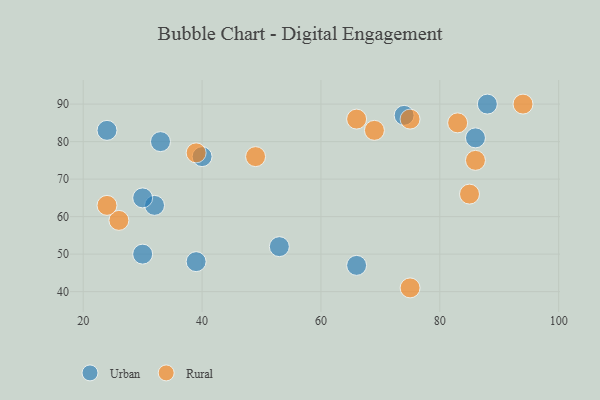
{"axis": {"x": "GDP", "y": "Life Expectancy"}, "legend": ["Rural", "Urban"], "data": [{"x": "66", "y": 47, "type": "Urban"}, {"x": "39", "y": 48, "type": "Urban"}, {"x": "88", "y": 90, "type": "Urban"}, {"x": "74", "y": 87, "type": "Urban"}, {"x": "30", "y": 50, "type": "Urban"}, {"x": "32", "y": 63, "type": "Urban"}, {"x": "33", "y": 80, "type": "Urban"}, {"x": "53", "y": 52, "type": "Urban"}, {"x": "40", "y": 76, "type": "Urban"}, {"x": "30", "y": 65, "type": "Urban"}, {"x": "24", "y": 83, "type": "Urban"}, {"x": "86", "y": 81, "type": "Urban"}, {"x": "39", "y": 77, "type": "Rural"}, {"x": "94", "y": 90, "type": "Rural"}, {"x": "85", "y": 66, "type": "Rural"}, {"x": "49", "y": 76, "type": "Rural"}, {"x": "26", "y": 59, "type": "Rural"}, {"x": "66", "y": 86, "type": "Rural"}, {"x": "83", "y": 85, "type": "Rural"}, {"x": "69", "y": 83, "type": "Rural"}, {"x": "86", "y": 75, "type": "Rural"}, {"x": "75", "y": 41, "type": "Rural"}, {"x": "24", "y": 63, "type": "Rural"}, {"x": "75", "y": 86, "type": "Rural"}]}